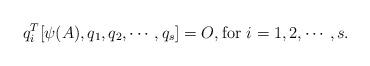
LaTeX: \begin{align*}q_i^T[\psi(A),q_1,q_2,\cdots,q_s]=O,{\rm for}~i=1,2,\cdots,s.\end{align*}